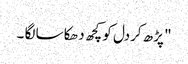
" پڑھ کردل کو کچھ دھکا سا لگا ۔